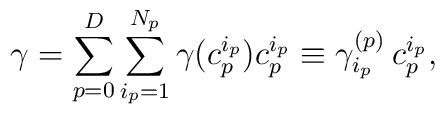
\gamma =\sum_{p=0}^D\sum_{i_p=1}^{N_p} \gamma (c_p^{i_p})c_p^{i_p}\equiv \gamma^{(p)}_{i_p}\:c^{i_p}_p,